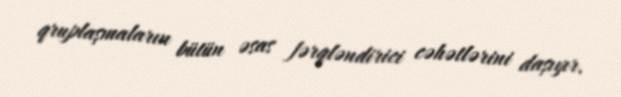
qruplaşmaların bütün əsas fərqləndirici cəhətlərini daşıyır.